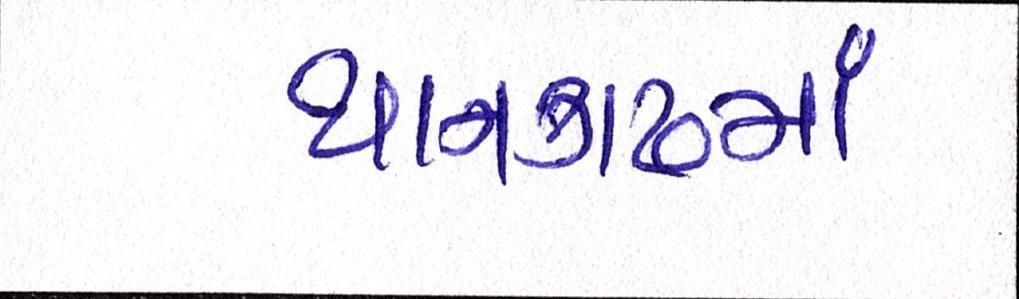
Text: થાનગઢમાં